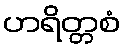
ဟရိတ္တစံ